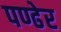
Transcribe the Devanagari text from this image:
पण्ढेर